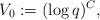
LaTeX: \begin{align*} V_0:=(\log q)^{C},\end{align*}